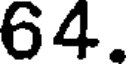
64.